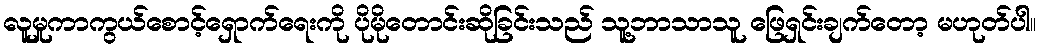
လူမှုကာကွယ်စောင့်ရှောက်ရေးကို ပိုမိုတောင်းဆိုခြင်းသည် သူ့ဘာသာသူ ဖြေရှင်းချက်တော့ မဟုတ်ပါ။